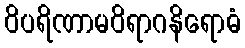
ဝိပရိဏာမဝိရာဂနိရောဓံ